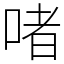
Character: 啫